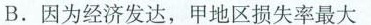
B .因为经济发达，甲地区损失率最大